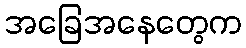
အခြေအနေတွေက